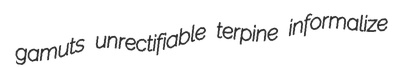
gamuts unrectifiable terpine informalize